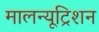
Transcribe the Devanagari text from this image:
मालन्यूट्रिशन